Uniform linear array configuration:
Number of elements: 4
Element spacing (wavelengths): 0.75
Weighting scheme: cosine
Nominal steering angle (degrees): -45
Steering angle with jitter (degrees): -44.023
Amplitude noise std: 0.05
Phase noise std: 0.05

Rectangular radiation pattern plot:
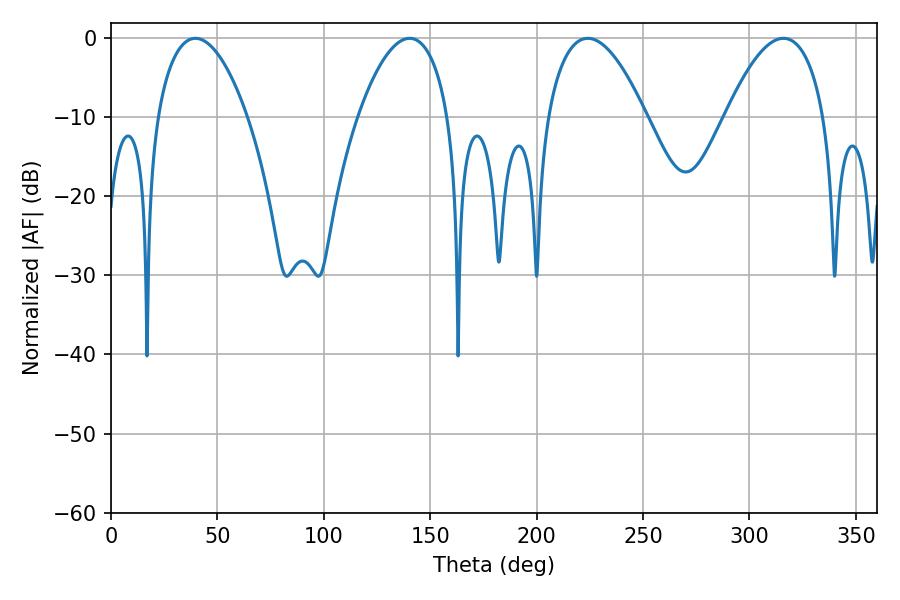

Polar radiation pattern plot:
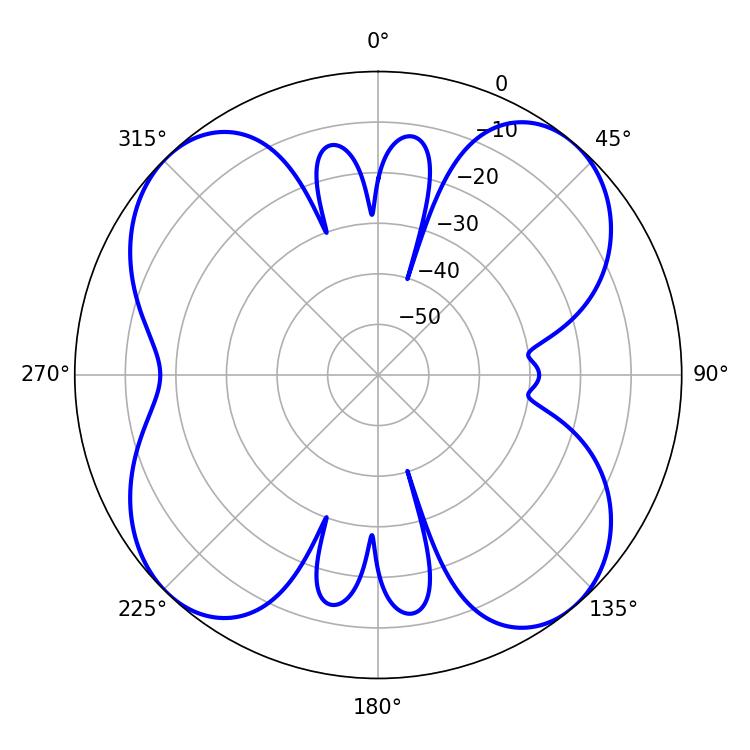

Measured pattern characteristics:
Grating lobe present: TRUE
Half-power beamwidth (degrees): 23.76
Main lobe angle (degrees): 39.6